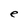
Character: e